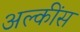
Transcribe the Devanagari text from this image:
अल्कींस